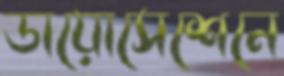
ডায়োসেশেনে